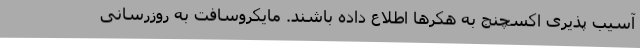
آسیب پذیری اکسچنج به هکرها اطلاع داده باشند. مایکروسافت به روزرسانی